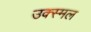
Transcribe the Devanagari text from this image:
उक्स्मल